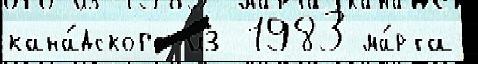
кана́дского из 1983 ма́рта